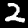
Label: 2